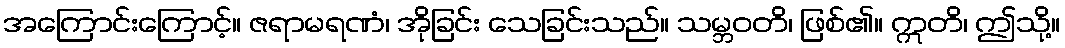
အကြောင်းကြောင့်။ ဇရာမရဏံ၊ အိုခြင်း သေခြင်းသည်။ သမ္ဘဝတိ၊ ဖြစ်၏။ ဣတိ၊ ဤသို့။